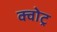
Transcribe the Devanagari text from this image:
क्वोट्र